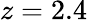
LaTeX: z=2.4